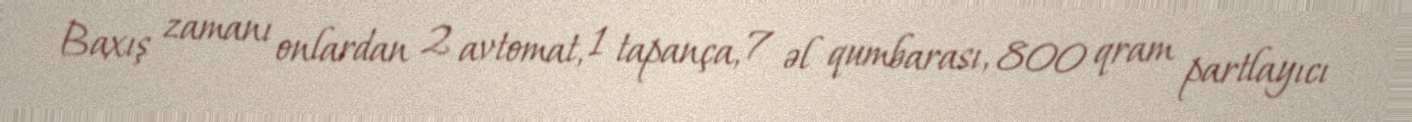
Baxış zamanı onlardan 2 avtomat, 1 tapança, 7 əl qumbarası, 800 qram partlayıcı